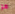
هو